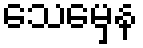
သေမှေန